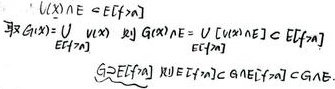
$\because U(X)\in \mathcal{C}[E[\eta_{n}]]$
取$G(X)=U\begin{bmatrix}U(X)\\ E[\eta_{n}]\end{bmatrix}$，则$G(X)\in E\begin{bmatrix}U\begin{bmatrix}U(X)\\ E[\eta_{n}]\end{bmatrix}\end{bmatrix}\in \mathcal{C}[E[\eta_{n}]]$
$G\supset E[\eta_{n}]$且$E[\eta_{n}]\in G\wedge E[\eta_{n}]\subset G\wedge E[\eta_{n}]$